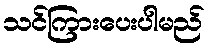
သင်ကြားပေးပါမည်